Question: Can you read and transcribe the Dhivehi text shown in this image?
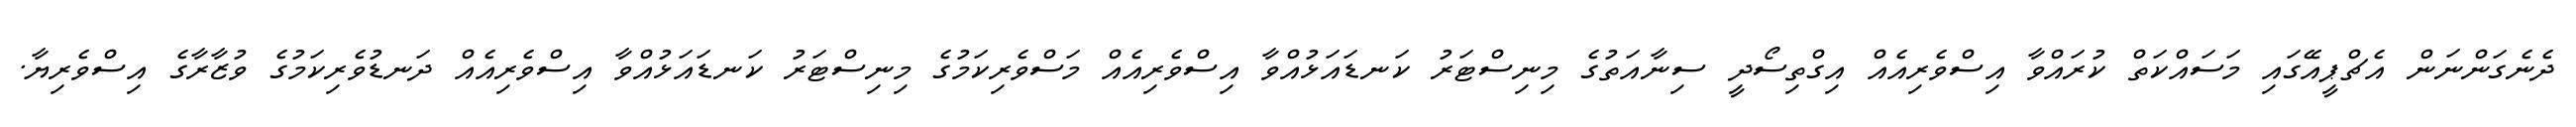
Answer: ދެނެގަންނަން އެޗްޕީއޭގައި މަސައްކަތް ކުރައްވާ އިސްވެރިއެއް އިގްތިސޯދީ ސިނާއަތުގެ މިނިސްޓަރު ކަނޑައަޅުއްވާ އިސްވެރިއެއް މަސްވެރިކަމުގެ މިނިސްޓަރު ކަނޑައަޅުއްވާ އިސްވެރިއެއް ދަނޑުވެރިކަމުގެ ވުޒާރާގެ އިސްވެރިޔާ.